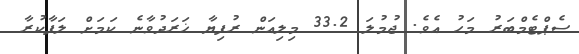
ސެޕްޓެމްބަރު މަހު އެވެ. ޖުމުލަ 33.2 މިލިއަން ރުފިޔާ ޚަރަދުވާނެ ކަމަށް ލަފާކުރާ